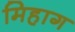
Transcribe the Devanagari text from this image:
मिहाग